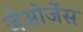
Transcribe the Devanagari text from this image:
जेओर्जेस